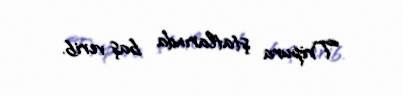
Tripura ştatlarında baş verib.